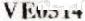
VE0514